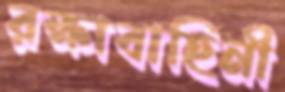
রক্ষাবাহিনী